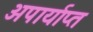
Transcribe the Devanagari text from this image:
अपार्याप्त